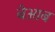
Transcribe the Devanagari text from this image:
बेआब